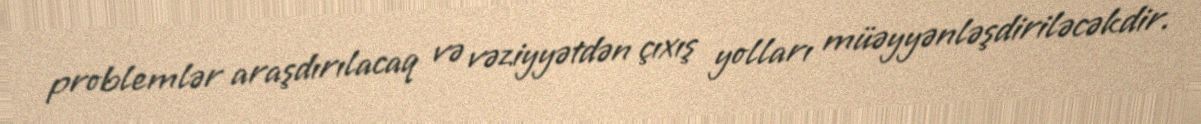
problemlər araşdırılacaq və vəziyyətdən çıxış yolları müəyyənləşdiriləcəkdir.